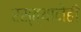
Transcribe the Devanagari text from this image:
रस्त्यानेही